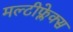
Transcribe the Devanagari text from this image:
मल्टीफ्लेक्स